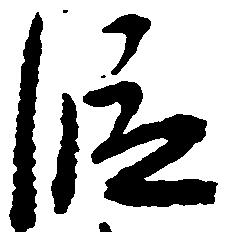
段